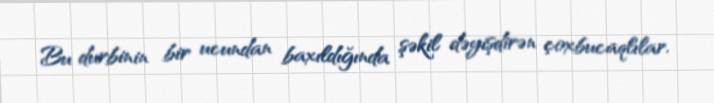
Bu durbinin bir ucundan baxıldığında şəkil dəyişdirən çoxbucaqlılar,